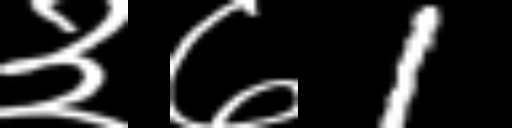
Text: ३७1